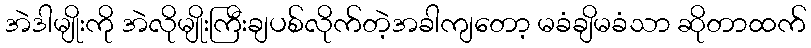
အဲဒါမျိုးကို အဲလိုမျိုးကြီးချပစ်လိုက်တဲ့အခါကျတော့ မခံချိမခံသာ ဆိုတာထက်